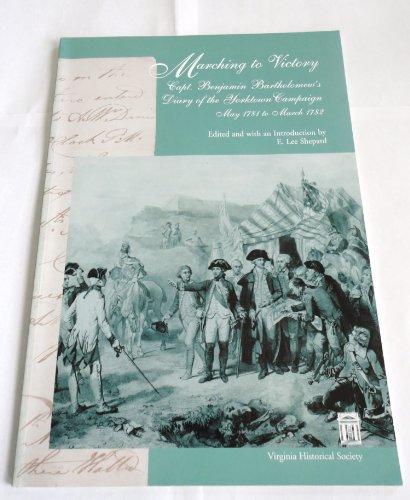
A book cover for Marching to victory: Capt. Benjamin Bartholomew's diary of the Yorktown Campaign, May 1781 to March 1782; Benjamin Bartholomew; Travel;